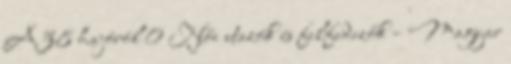
A38 hajóról 0 Női utazók és felfedezők – Magyar